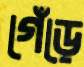
গেঁড়ে